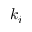
k _ { i }